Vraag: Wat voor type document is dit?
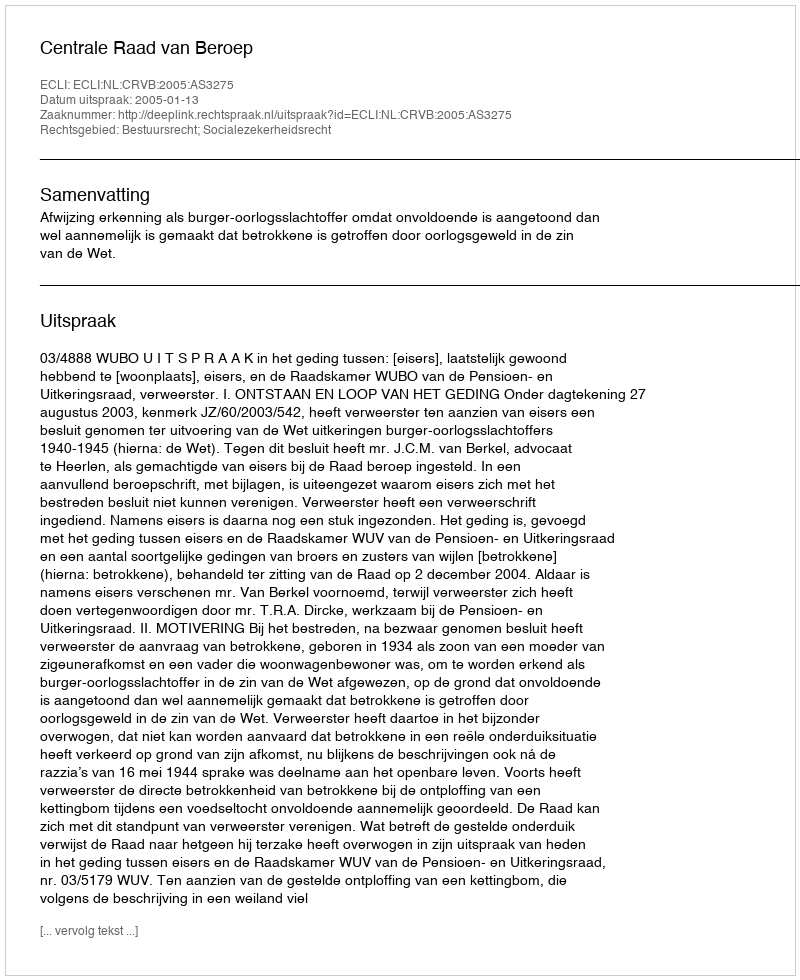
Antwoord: Uitspraak